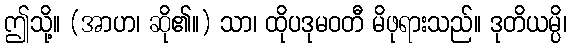
ဤသို့။ (အာဟ၊ ဆို၏။) သာ၊ ထိုပဒုမဝတီ မိဖုရားသည်။ ဒုတိယမ္ပိ၊